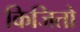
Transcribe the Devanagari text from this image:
किजितो